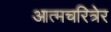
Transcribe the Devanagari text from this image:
आत्मचरित्रेर